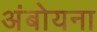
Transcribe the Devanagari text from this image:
अंबोयना